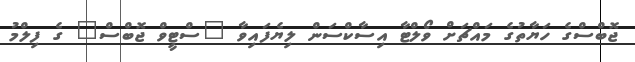
ޖޮބްސްގެ ހަޔާތުގެ މައްޗަށް ވޯލްޓާ އިސާކްސަން ލިޔެފައިވާ "ސްޓީވް ޖޮބްސް" ގެ ފިލްމު